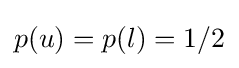
p(u)=p(l)=1/2